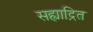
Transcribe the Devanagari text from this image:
सह्याद्रित